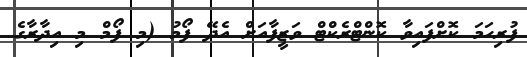
ފުރިހަމަ ކޮށްފައިވާ ކޮންޓްރެކްޓް ވަޒީފާއަށް އެދޭ ފޯމު (މި ފޯމް މި އިދާރާގެ